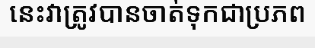
នេះវាត្រូវបានចាត់ទុកជាប្រភព